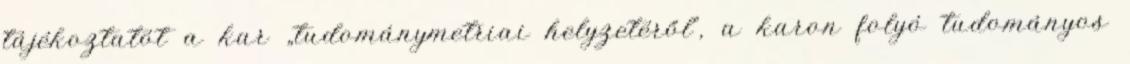
tájékoztatót a kar „tudománymetriai helyzetéről”, a karon folyó tudományos